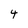
Character: 4